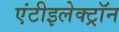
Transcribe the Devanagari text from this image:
एंटीइलेक्ट्रॉन